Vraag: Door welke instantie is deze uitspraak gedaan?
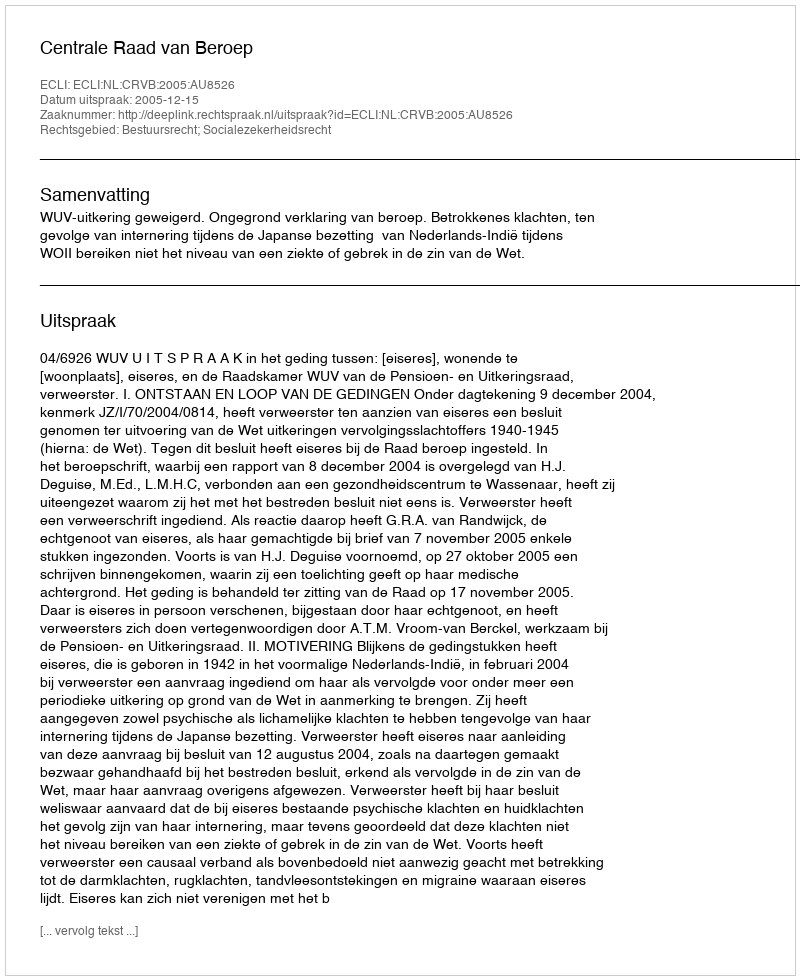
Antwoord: Centrale Raad van Beroep